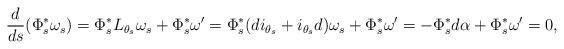
LaTeX: \begin{align*}\frac{d}{ds} (\Phi_s^* \omega_s) = \Phi_s^* L_{\theta_s} \omega_s +\Phi_s^* \omega' = \Phi_s^* (d i_{\theta_s} + i_{\theta_s} d)\omega_s+ \Phi_s^* \omega' = -\Phi_s^* d\alpha + \Phi_s^* \omega' = 0,\end{align*}